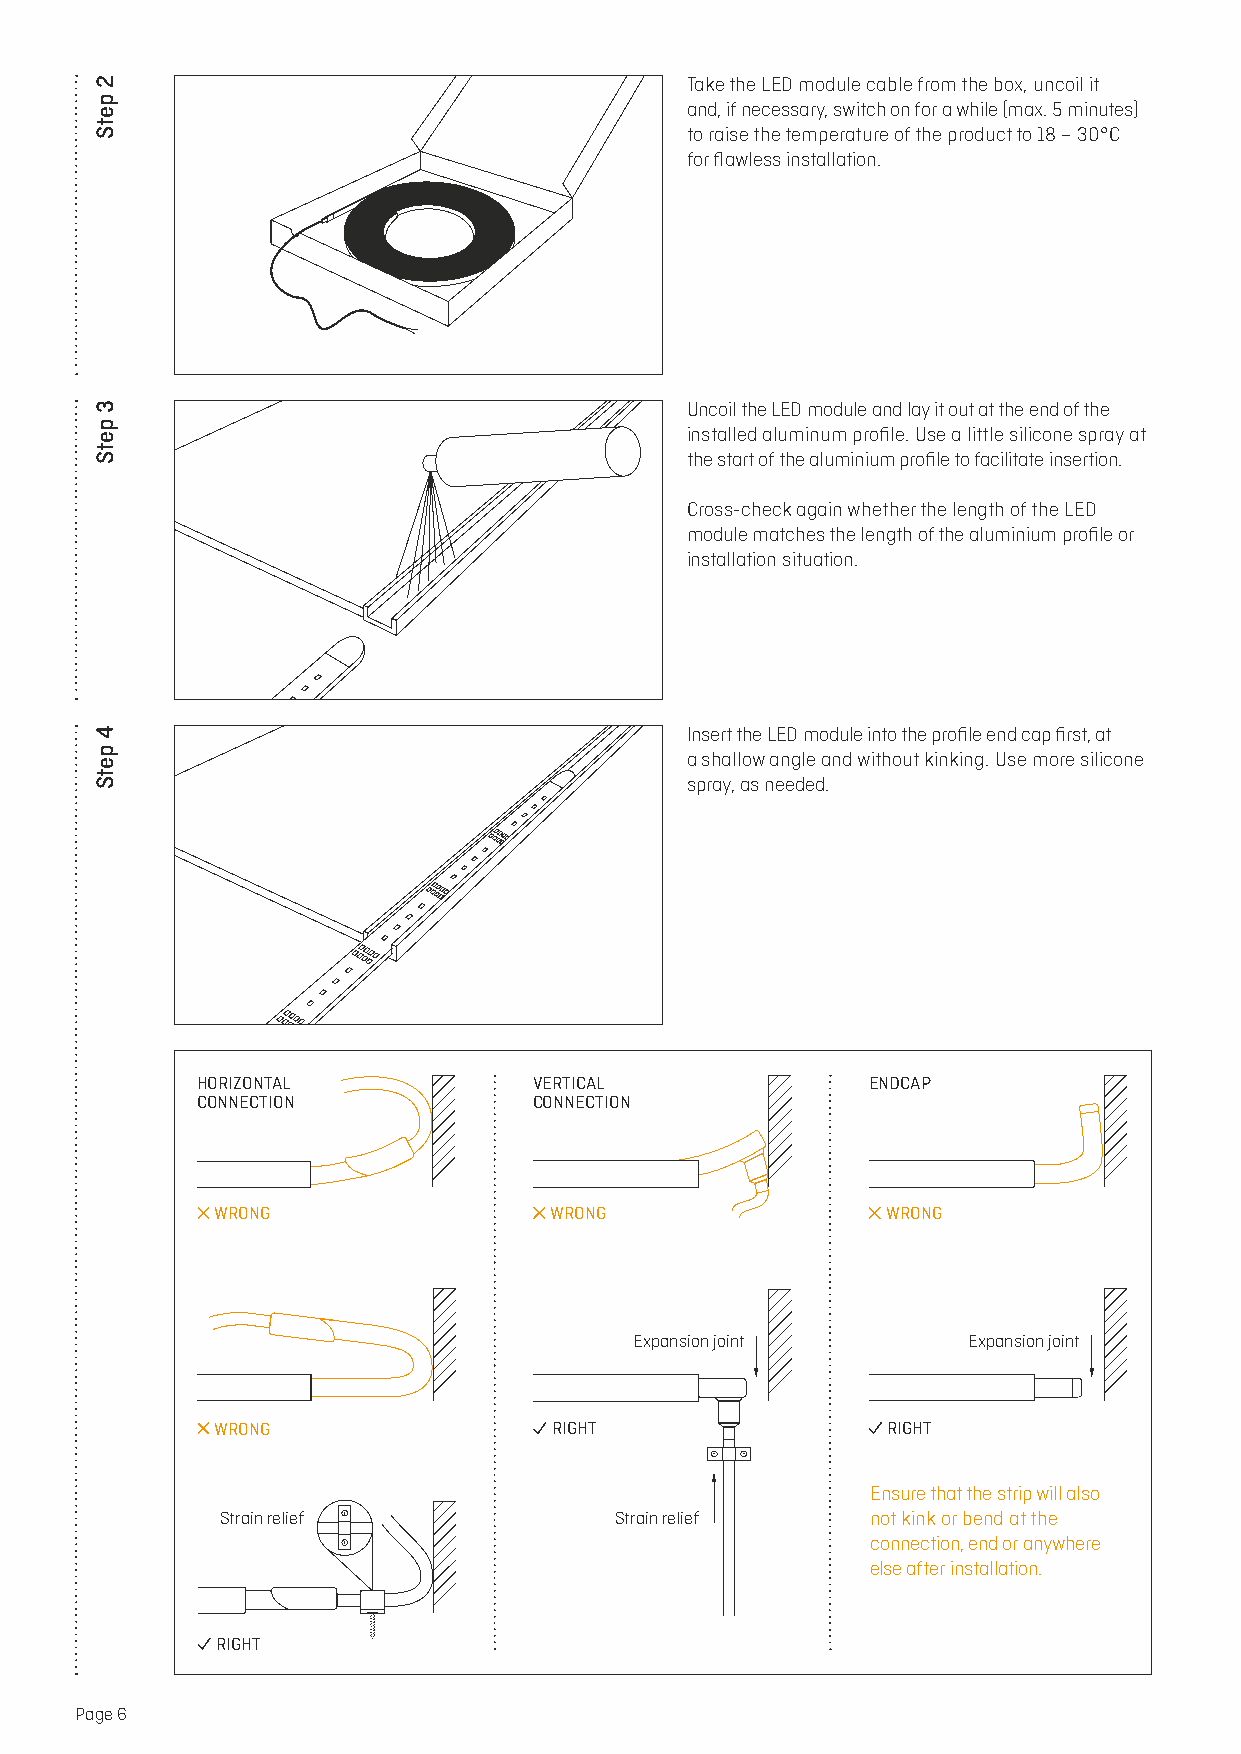
Take the LED module cable from the box, uncoil it
 and, if necessary, switch on for a while (max. 5 minutes)
 to raise the temperature of the product to 18 – 30°C
 for flawless installation.
 Uncoil the LED module and lay it out at the end of the
 installed aluminum profile. Use a little silicone spray at
 the start of the aluminium profile to facilitate insertion.
 Cross-check again whether the length of the LED
 module matches the length of the aluminium profile or
 installation situation.
 Insert the LED module into the profile end cap first, at
 a shallow angle and without kinking. Use more silicone
 spray, as needed.
 HORIZONTAL            VERTICAL              ENDCAP
 CONNECTION            CONNECTION
 WRONG                 WRONG                  WRONG
 Expansion joint       Expansion joint
 WRONG                 RIGHT                  RIGHT
 Ensure that the strip will also
 Strain relief             Strain relief    not kink or bend at the
 connection, end or anywhere
 else after installation.
 RIGHT
 Page 6
 2
 petS
 3
 petS
 4
 petS